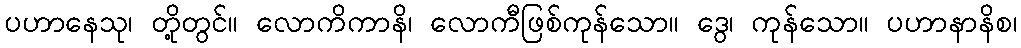
ပဟာနေသု၊ တို့တွင်။ လောကိကာနိ၊ လောကီဖြစ်ကုန်သော။ ဒွေ၊ ကုန်သော။ ပဟာနာနိစ၊